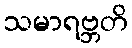
သမာရဗ္ဘတိ